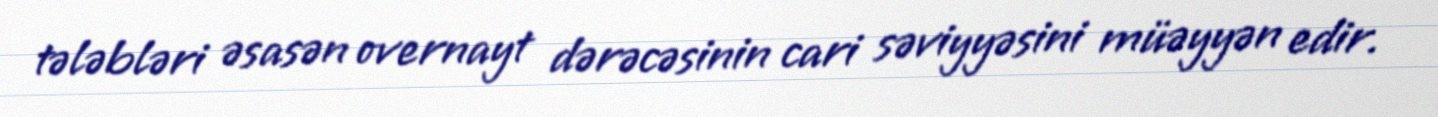
tələbləri əsasən overnayt dərəcəsinin cari səviyyəsini müəyyən edir.